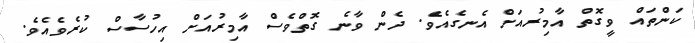
ކަންތައް ވީގޮތް އާމިރުއަށް އެނގެއެވެ. ދެން ވާނެ ގޮތްވެސް އާމިރުއަށް އިހުސާސް ކުރެވެއެވެ.